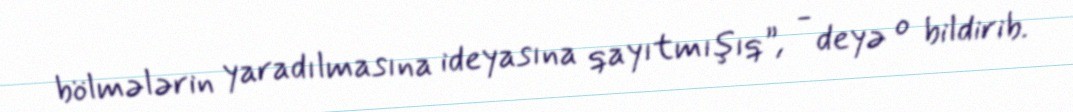
bölmələrin yaradılmasına ideyasına qayıtmışıq”, - deyə o bildirib.